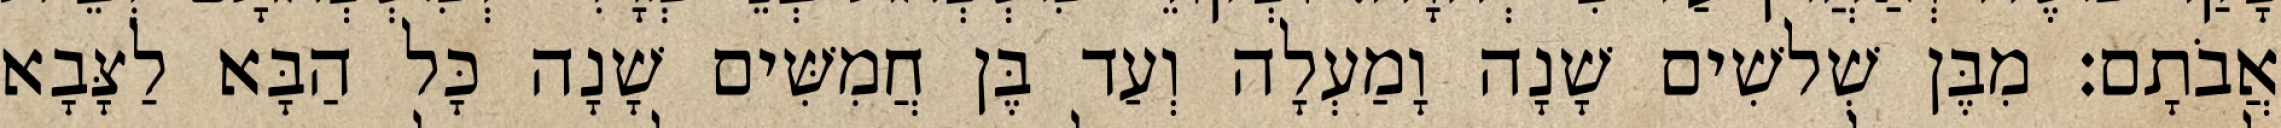
אֲבֹתָם׃ מִבֶּן שְׁלשִׁים שָׁנָה וָמַעְלָה וְעַד בֶּן חֲמִשִּׁים שָׁנָה כָּל הַבָּא לַצָּבָא